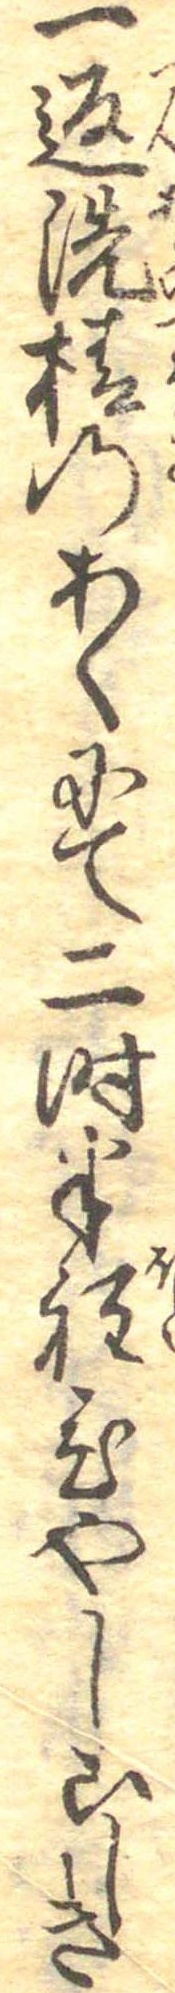
一返洗椿のあくにて二時半程ひやしこしき